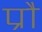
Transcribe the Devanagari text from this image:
प्रौ